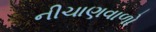
નીચાણવાળો